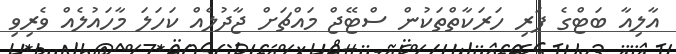
އާލިއާ ބަޓްގެ ފަރި ހަރަކާތްތަކުން ސްޓޭޖް މައްޗަށް ޖާދުލެއް ކަހަލަ މާހައުލެއް ވެރިވި